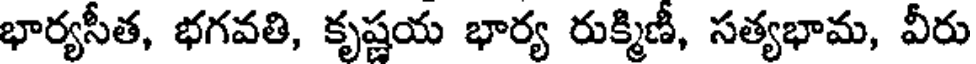
భార్యసీత, భగవతి, కృష్ణయ భార్య రుక్మిణీ, సత్యభామ, వీరు